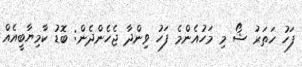
ފަހު ހަތަރު ޝޯ މި މަހުއެންމެ ފަހު ވިންދާ ޖެހެންދެން: ބޮޑު ކާމިޔާބީއެއް